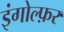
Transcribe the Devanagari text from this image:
इंगोल्फ़र